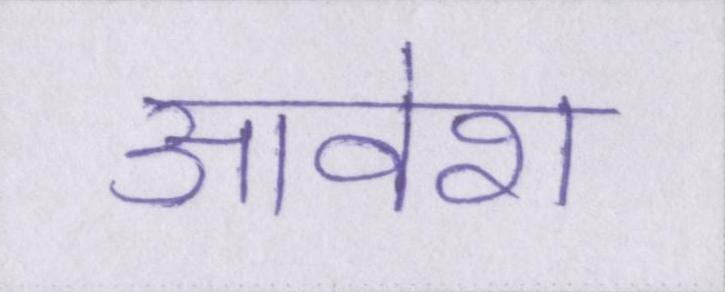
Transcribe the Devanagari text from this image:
आवेश